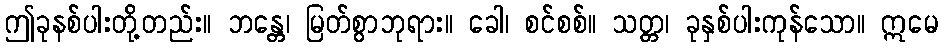
ဤခုနစ်ပါးတို့တည်း။ ဘန္တေ၊ မြတ်စွာဘုရား။ ခေါ၊ စင်စစ်။ သတ္တ၊ ခုနှစ်ပါးကုန်သော။ ဣမေ